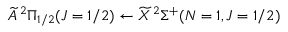
\widetilde { A } \, ^ { 2 } \Pi _ { 1 / 2 } ( J = 1 / 2 ) \leftarrow \widetilde { X } \, ^ { 2 } \Sigma ^ { + } ( N = 1 , J = 1 / 2 )